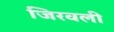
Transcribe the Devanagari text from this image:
जिरवली